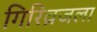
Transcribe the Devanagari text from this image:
गिरिव्रजला